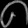
Digit: ၈